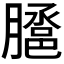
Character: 𭩉